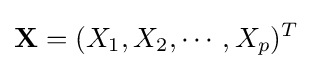
\mathbf {X} =(X_{1},X_{2},\cdots ,X_{p})^{T}